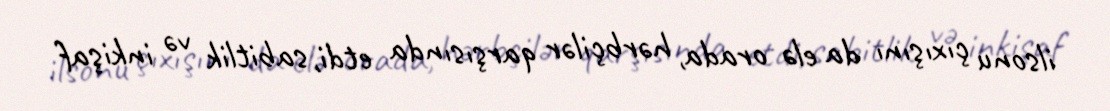
ilsonu çıxışını da elə orada, hərbçilər qarşısında etdi, sabitlik və inkişaf